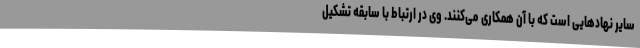
سایر نهادهایی است که با آن همکاری می‌کنند. وی در ارتباط با سابقه تشکیل